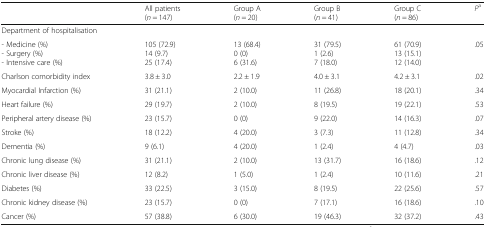
<table><thead><tr><td></td><td><b>All patients(<i>n</i> = 147)</b></td><td><b>Group A(<i>n</i> = 20)</b></td><td><b>Group B(<i>n</i> = 41)</b></td><td><b>Group C(<i>n</i> = 86)</b></td><td><b><i>P</i><sup>a</sup></b></td></tr></thead><tbody><tr><td colspan="6">Department of hospitalisation</td></tr><tr><td>- Medicine (%)- Surgery (%)- Intensive care (%)</td><td>105 (72.9)14 (9.7)25 (17.4)</td><td>13 (68.4)0 (0)6 (31.6)</td><td>31 (79.5)1 (2.6)7 (18.0)</td><td>61 (70.9)13 (15.1)12 (14.0)</td><td>.05</td></tr><tr><td>Charlson comorbidity index</td><td>3.8 ± 3.0</td><td>2.2 ± 1.9</td><td>4.0 ± 3.1</td><td>4.2 ± 3.1</td><td>.02</td></tr><tr><td>Myocardial Infarction (%)</td><td>31 (21.1)</td><td>2 (10.0)</td><td>11 (26.8)</td><td>18 (20.1)</td><td>.34</td></tr><tr><td>Heart failure (%)</td><td>29 (19.7)</td><td>2 (10.0)</td><td>8 (19.5)</td><td>19 (22.1)</td><td>.53</td></tr><tr><td>Peripheral artery disease (%)</td><td>23 (15.7)</td><td>0 (0)</td><td>9 (22.0)</td><td>14 (16.3)</td><td>.07</td></tr><tr><td>Stroke (%)</td><td>18 (12.2)</td><td>4 (20.0)</td><td>3 (7.3)</td><td>11 (12.8)</td><td>.34</td></tr><tr><td>Dementia (%)</td><td>9 (6.1)</td><td>4 (20.0)</td><td>1 (2.4)</td><td>4 (4.7)</td><td>.03</td></tr><tr><td>Chronic lung disease (%)</td><td>31 (21.1)</td><td>2 (10.0)</td><td>13 (31.7)</td><td>16 (18.6)</td><td>.12</td></tr><tr><td>Chronic liver disease (%)</td><td>12 (8.2)</td><td>1 (5.0)</td><td>1 (2.4)</td><td>10 (11.6)</td><td>.21</td></tr><tr><td>Diabetes (%)</td><td>33 (22.5)</td><td>3 (15.0)</td><td>8 (19.5)</td><td>22 (25.6)</td><td>.57</td></tr><tr><td>Chronic kidney disease (%)</td><td>23 (15.7)</td><td>0 (0)</td><td>7 (17.1)</td><td>16 (18.6)</td><td>.10</td></tr><tr><td>Cancer (%)</td><td>57 (38.8)</td><td>6 (30.0)</td><td>19 (46.3)</td><td>32 (37.2)</td><td>.43</td></tr></tbody></table>